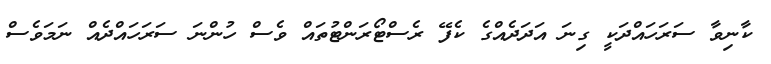
ކާނިވާ ސަރަހައްދަކީ ގިނަ އަދަދެއްގެ ކެފޭ ރެސްޓޯރަންޓުތައް ވެސް ހުންނަ ސަރަހައްދެއް ނަމަވެސް